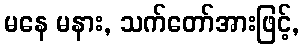
မနေ မနား, သက်တော်အားဖြင့်,